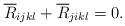
LaTeX: \begin{align*}\overline{R}_{ijkl}+\overline{R}_{jikl}=0.\end{align*}